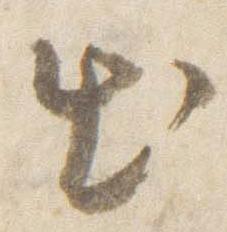
出